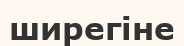
ширегіне